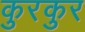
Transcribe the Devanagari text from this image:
कुरकुर